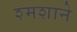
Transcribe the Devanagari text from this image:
श्मशाने